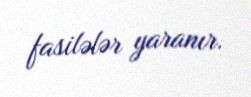
fasilələr yaranır.